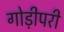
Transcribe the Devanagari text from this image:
गोड़ीपरी